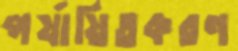
পর্যায়িতকরণ